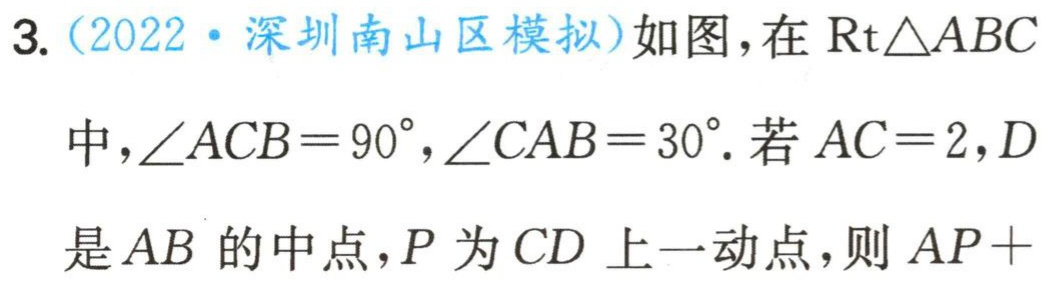
3. (2022·深圳南山区模拟)如图，在$\text{Rt}\triangle ABC$中，$\angle ACB = 90^{\circ},\angle CAB = 30^{\circ}$. 若$AC = 2,D$是$AB$的中点，$P$为$CD$上一动点，则$AP +$